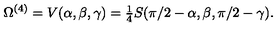
\Omega ^ { ( 4 ) } = V ( \alpha , \beta , \gamma ) = { \textstyle { \frac { 1 } { 4 } } } S ( \pi / 2 - \alpha , \beta , \pi / 2 - \gamma ) .